Civil Veterinary Department. Central Provinces & Berar 1925-31 - 1925-1931
Year: 1925
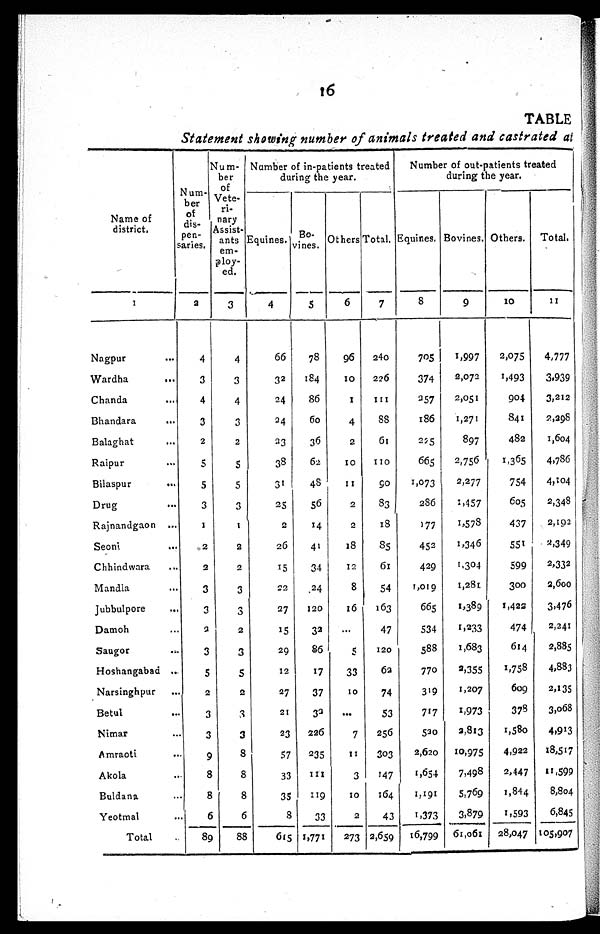
16
TABLE
Statement showing number of animals treated and castrated at
Name of
district.
1
Nagpur ...
Wardha
...
Chanda ...
Bhandara ...
Balaghat ...
Raipur ...
Bilaspur ...
Drug ...
Rajnandgaon ...
Seoni ...
Chhindwara ...
Mandla ...
Jubbulpore ...
Damoh ...
Saugor ...
Hoshangabad ...
Narsinghpur ...
Betul ...
Nimar ...
Amraoti ...
Akola ...
Buldana ...
Yeotmal ...
Total ...
Num-
ber
of
dis-
pen-
saries.
2
4
3
4
3
2
5
5
3
1
2
2
3
3
3
3
5
2
3
3
9
8
8
6
89
Num-
ber
of
Vete-
ri-
nary
Assist-
ants
em-
ploy-
ed.
3
4
3
4
3
2
5
5
3
1
2
2
3
3
2
3
5
2
3
3
8
8
8
6
88
Number of in-patients treated
during the year.
Equines.
4
66
32
24
24
23
38
31
25
2
26
15
22
27
15
29
12
27
21
23
57
33
35
8
615
Bo¬
vines.
5
78
184
86
60
36
62
48
56
14
41
34
24
120
32
86
17
37
32
226
235
111
119
33
1,771
Others
6
96
10
1
4
2
10
11
2
2
18
12
8
16
...
5
33
10
...
7
11
3
10
2
273
Total.
7
240
226
111
88
61
110
90
83
18
85
61
54
163
47
120
62
74
53
256
303
147
164
43
2,659
Number of out-patients treated
during the year.
Equines.
8
705
374
257
186
225
665
1,073
286
177
452
429
1,019
665
534
588
770
319
717
520
2,620
1,654
1,191
1,373
16,799
Bovines.
9
1,997
2,072
2,051
1,271
897
2,756
2,277
1,457
1,578
1,346
1,304
1,281
1,389
1,233
1,683
2,355
1,207
1,973
2,813
10,975
7,498
5,769
3,879
61,061
Others.
10
2,075
1,493
904
841
482
1,365
754
605
437
551
599
300
1,422
474
614
1,758
609
378
1,580
4,922
2,447
1,844
1,593
28,047
Total.
11
4,777
3,939
3,212
2,298
1,604
4,786
4,504
2,348
2,192
2,349
2,332
2,600
3,476
2,241
2,885
4,883
2,135
3,068
4,913
18,517
11,599
8,804
6,845
105,907